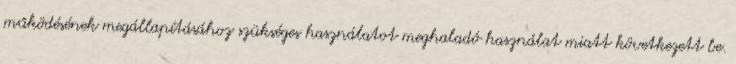
működésének megállapításához szükséges használatot meghaladó használat miatt következett be.